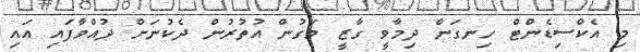
މި އެކްސިޑެންޓް ހިނގަން ދިމާވީ ގާޒީ މަގުން އުތުރުން ދެކުނަށް ދުއްވާފައި އައި